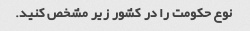
نوع حکومت را در کشور زیر مشخص کنید.